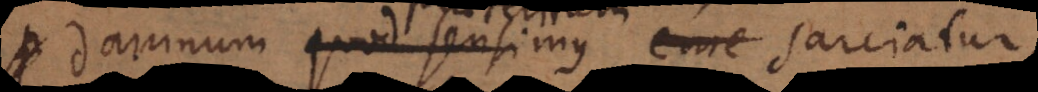
damnum quod sensimus eme sarciatur,